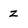
Character: z